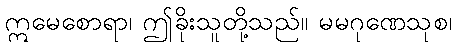
ဣမေစောရာ၊ ဤခိုးသူတို့သည်။ မမဂုဏေသုစ၊